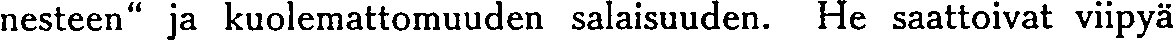
nesteen'' ja kuolemattomuuden salaisuuden. He saattoivat viipyä